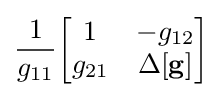
{\frac {1}{g_{11}}}{\begin{bmatrix}1&-g_{12}\\g_{21}&\Delta \mathbf {[g]} \end{bmatrix}}